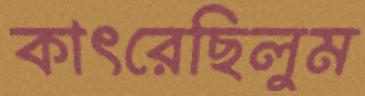
কাৎরেছিলুম